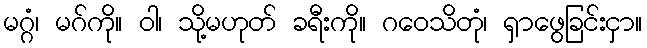
မဂ္ဂံ၊ မဂ်ကို။ ဝါ၊ သို့မဟုတ် ခရီးကို။ ဂဝေသိတုံ၊ ရှာဖွေခြင်းငှာ။